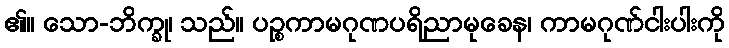
၏။ သော-ဘိက္ခု၊ သည်။ ပဉ္စကာမဂုဏပရိညာမုခေန၊ ကာမဂုဏ်ငါးပါးကို